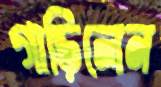
গাড়িলেন